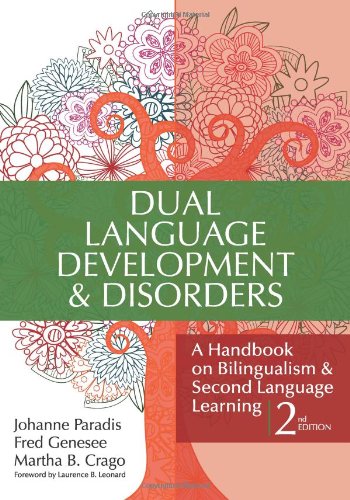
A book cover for Dual Language Development & Disorders: A Handbook on Bilingualism & Second Language Learning, Second Edition (CLI); Johanne Paradis Ph.D.; Medical Books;